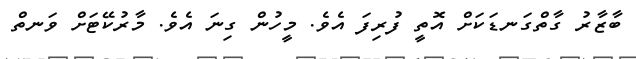
ބާޒާރު ގާތްގަނޑަކަށް އޮތީ ފުރިފަ އެވެ. މީހުން ގިނަ އެވެ. މާރުކޭޓަށް ވަނތް